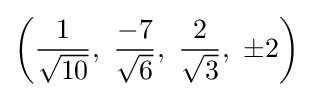
\left({\frac {1}{\sqrt {10}}},\ {\frac {-7}{\sqrt {6}}},\ {\frac {2}{\sqrt {3}}},\ \pm 2\right)